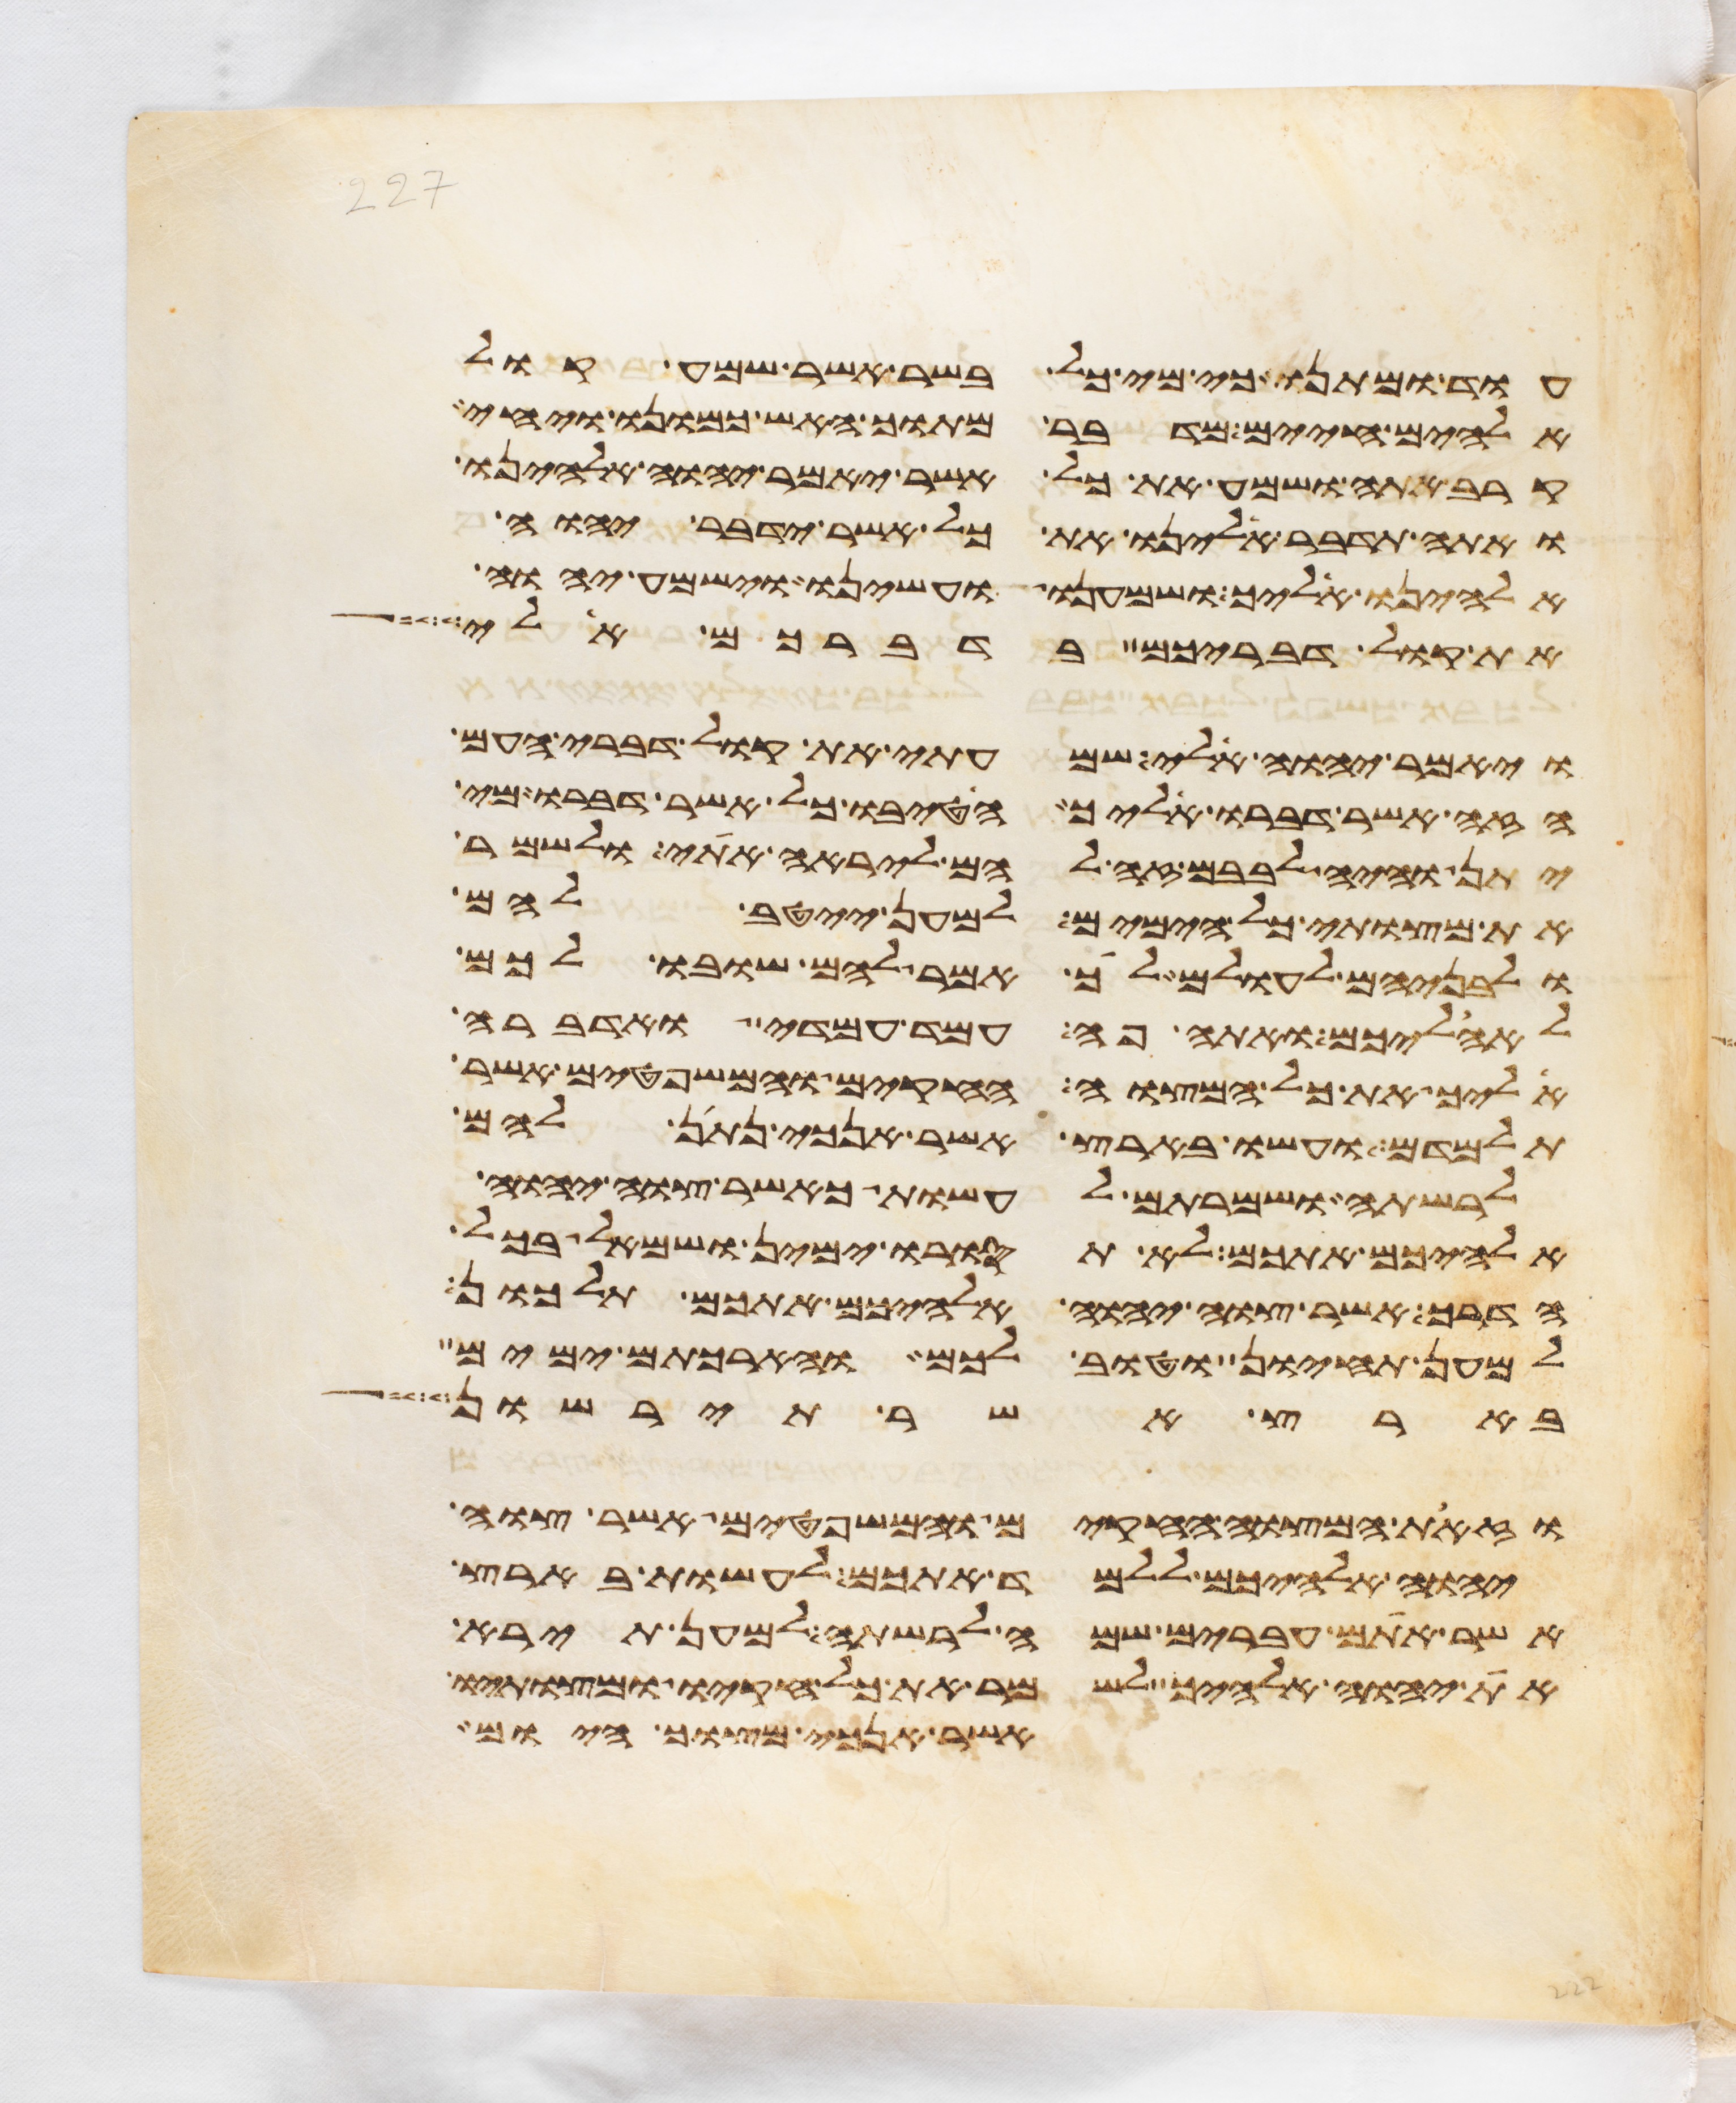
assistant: עוד ומתנו כי מי כל בשר אשר שמע קול
אלהים חיים מדבר מתוך האש כמונו ויחי
קרב אתה ושמע את כל אשר יאמר יהוה אלהינו
ואתה תדבר אלינו את כל אשר ידבר יהוה
אלהינו אליך ושמענו ועשינו וישמע יהוה
את קול דבריכם בדברכם אלי
ויאמר יהוה אלי שמעתי את קול דברי העם
הזה אשר דברו אליך הטיבו כל אשר דברו מי
יתן והיה לבבם זה להם ליראה אתי ולשמר
את מצותי כל הימים למען ייטב להם
ולבניהם לעולם לך אמר להם שובו לכם
לאהליכם ואתה פה עמד עמדי ואדברה
אליך את כל המצוה החקים והמשפטים אשר
תלמדם ועשו בארץ אשר אנכי נתן להם
לרשתה ושמרתם לעשות כאשר צוה יהוה
אלהיכם אתכם לא תסורו ימין ושמאל בכל
הדרך אשר צוה יהוה אלהיכם אתכם תלכון
למען תחיון וטוב לכם והארכתם ימים
בארץ אשר תירשון
וזאת המצוה החקים והמשפטים אשר צוה
יהוה אלהיכם ללמד אתכם לעשות בארץ
אשר אתם עברים שמה לרשתה למען תירא
את יהוה אלהיך לשמר את כל חקיו ומצותיו
אשר אנכי מצוך היום